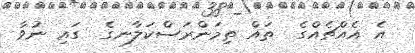
އެ އެއްޗެއްގެ  ތައް ތިމަންރަސްކަލާނގެ  ގައި ނުވާ